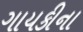
ગાયકીના